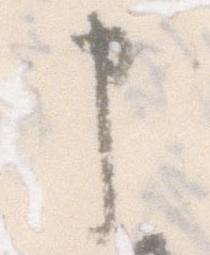
申